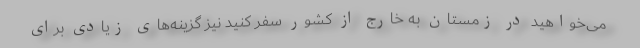
می‌خواهید در زمستان به خارج از کشور سفر کنید نیز گزینه‌های زیادی برای